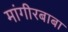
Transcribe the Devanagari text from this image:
मांगीरबाबा